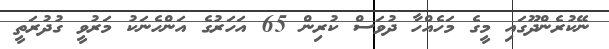
ނޭކުރެންދޫގައި މީގެ މަހެއްހާ ދުވަސް ކުރިން 65 އަހަރުގެ އަންހެނަކު މަރުވީ ގުދުރަތީ